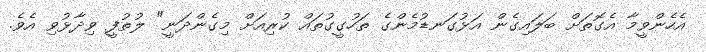
އެހެންވީމާ އެގޮތަށް ބަލައިގެން އަޅުގަނޑުމެންގެ ތަހުގީގުތައް ކުރިއަށް މިގެންދަނީ" ލުތުފީ ވިދާޅުވި އެވެ.